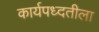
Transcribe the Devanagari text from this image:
कार्यपध्दतीला